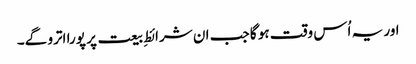
اور یہ اُس وقت ہو گا جب ان شرائطِ بیعت پر پورا اترو گے۔